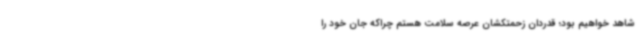
شاهد خواهیم بود؛ قدردان زحمتکشان عرصه سلامت هستم چراکه جان خود را